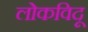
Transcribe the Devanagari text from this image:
लोकविदू